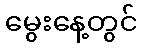
မွေးနေ့တွင်